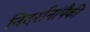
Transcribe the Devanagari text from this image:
निदर्शनांपैकी